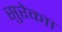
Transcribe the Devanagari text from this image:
सुरेकाा